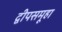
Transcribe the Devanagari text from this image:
द्वीपसमूहा